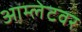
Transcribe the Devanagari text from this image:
आम्लेटवर